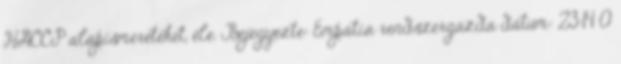
HACCP alapismereteket, éle. Bejegyezte: Empátia rendszergazda dátum: 23:14 0